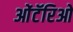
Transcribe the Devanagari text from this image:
ओंटॅरिओ